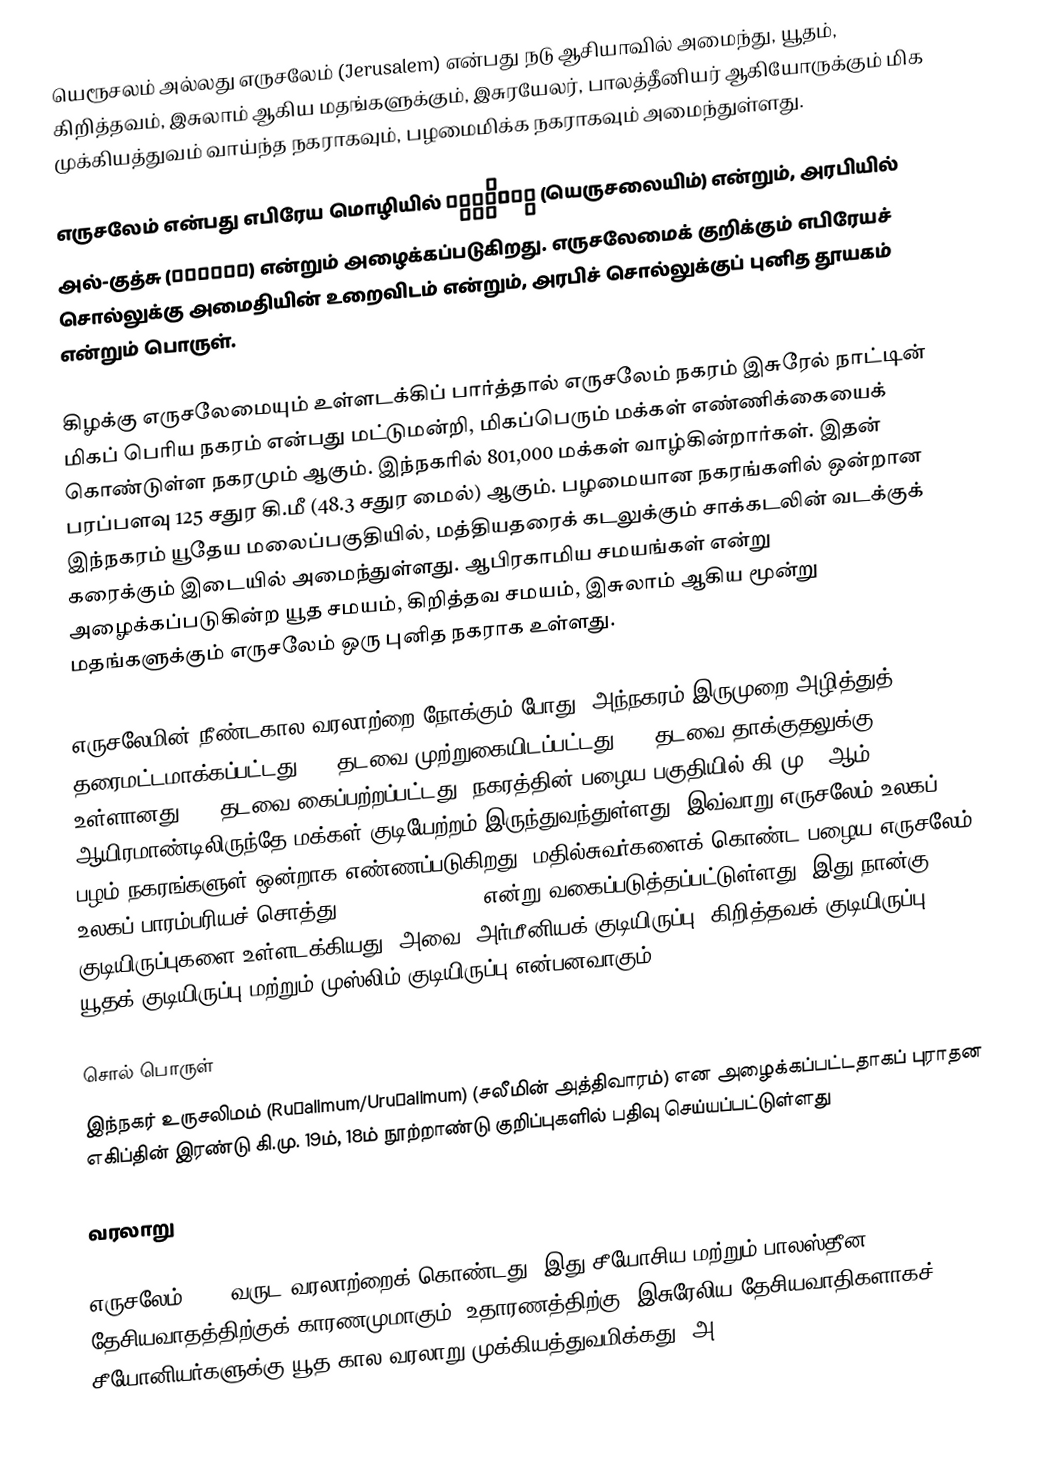
யெரூசலம் அல்லது எருசலேம் (Jerusalem) என்பது நடு ஆசியாவில் அமைந்து, யூதம், கிறித்தவம், இசுலாம் ஆகிய மதங்களுக்கும், இசுரயேலர், பாலத்தீனியர் ஆகியோருக்கும் மிக முக்கியத்துவம் வாய்ந்த நகராகவும், பழமைமிக்க நகராகவும் அமைந்துள்ளது.

எருசலேம் என்பது எபிரேய மொழியில் יְרוּשָׁלַיִם (யெருசலையிம்) என்றும், அரபியில் அல்-குத்சு (القُدس) என்றும் அழைக்கப்படுகிறது. எருசலேமைக் குறிக்கும் எபிரேயச் சொல்லுக்கு அமைதியின் உறைவிடம் என்றும், அரபிச் சொல்லுக்குப் புனித தூயகம் என்றும் பொருள்.

கிழக்கு எருசலேமையும் உள்ளடக்கிப் பார்த்தால் எருசலேம் நகரம் இசுரேல் நாட்டின் மிகப் பெரிய நகரம் என்பது மட்டுமன்றி, மிகப்பெரும் மக்கள் எண்ணிக்கையைக் கொண்டுள்ள நகரமும் ஆகும். இந்நகரில் 801,000 மக்கள் வாழ்கின்றார்கள். இதன் பரப்பளவு 125 சதுர கி.மீ (48.3 சதுர மைல்) ஆகும். பழமையான நகரங்களில் ஒன்றான இந்நகரம் யூதேய மலைப்பகுதியில், மத்தியதரைக் கடலுக்கும் சாக்கடலின் வடக்குக் கரைக்கும் இடையில் அமைந்துள்ளது. ஆபிரகாமிய சமயங்கள் என்று அழைக்கப்படுகின்ற யூத சமயம், கிறித்தவ சமயம், இசுலாம் ஆகிய மூன்று மதங்களுக்கும் எருசலேம் ஒரு புனித நகராக உள்ளது.

எருசலேமின் நீண்டகால வரலாற்றை நோக்கும் போது, அந்நகரம் இருமுறை அழித்துத் தரைமட்டமாக்கப்பட்டது; 23 தடவை முற்றுகையிடப்பட்டது; 52 தடவை தாக்குதலுக்கு உள்ளானது; 44 தடவை கைப்பற்றப்பட்டது. நகரத்தின் பழைய பகுதியில் கி.மு. 4ஆம் ஆயிரமாண்டிலிருந்தே மக்கள் குடியேற்றம் இருந்துவந்துள்ளது. இவ்வாறு எருசலேம் உலகப் பழம் நகரங்களுள் ஒன்றாக எண்ணப்படுகிறது. மதில்சுவர்களைக் கொண்ட பழைய எருசலேம் உலகப் பாரம்பரியச் சொத்து (World Heritage) என்று வகைப்படுத்தப்பட்டுள்ளது. இது நான்கு குடியிருப்புகளை உள்ளடக்கியது. அவை: அர்மீனியக் குடியிருப்பு, கிறித்தவக் குடியிருப்பு, யூதக் குடியிருப்பு மற்றும் முஸ்லிம் குடியிருப்பு என்பனவாகும்.

சொல் பொருள்
இந்நகர் உருசலிமம் (Rušalimum/Urušalimum) (சலீமின் அத்திவாரம்) என அழைக்கப்பட்டதாகப் புராதன எகிப்தின் இரண்டு கி.மு. 19ம், 18ம் நூற்றாண்டு குறிப்புகளில் பதிவு செய்யப்பட்டுள்ளது

வரலாறு

எருசலேம் 5000 வருட வரலாற்றைக் கொண்டது. இது சீயோசிய மற்றும் பாலஸ்தீன தேசியவாதத்திற்குக் காரணமுமாகும். உதாரணத்திற்கு: இசுரேலிய தேசியவாதிகளாகச் சீயோனியர்களுக்கு யூத கால வரலாறு முக்கியத்துவமிக்கது. அ